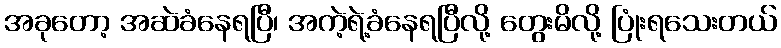
အခုတော့ အဆဲခံနေရပြီ၊ အကဲ့ရဲ့ခံနေရပြီလို့ တွေးမိလို့ ပြုံးရသေးတယ်